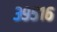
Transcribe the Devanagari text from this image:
३९५१६